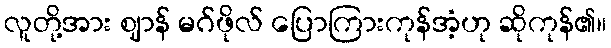
လူတို့အား ဈာန် မဂ်ဖိုလ် ပြောကြားကုန်အံ့ဟု ဆိုကုန်၏။